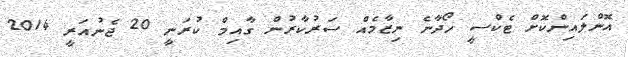
އޮންލައިންކޮށް ޓެކްސީ ހޯދާނެ ނިޒާމެއް ސަރުކާރުން ގާއިމް ކުރަނީ 20 ޖެނުއަރީ 2014